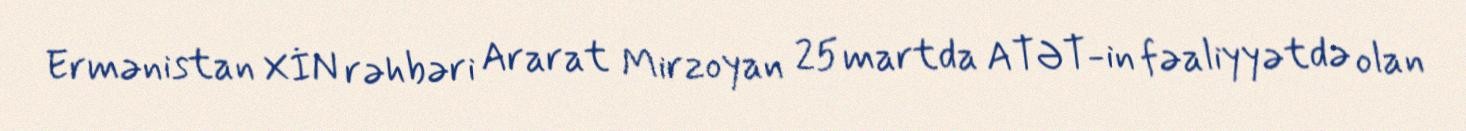
Ermənistan XİN rəhbəri Ararat Mirzoyan 25 martda ATƏT-in fəaliyyətdə olan